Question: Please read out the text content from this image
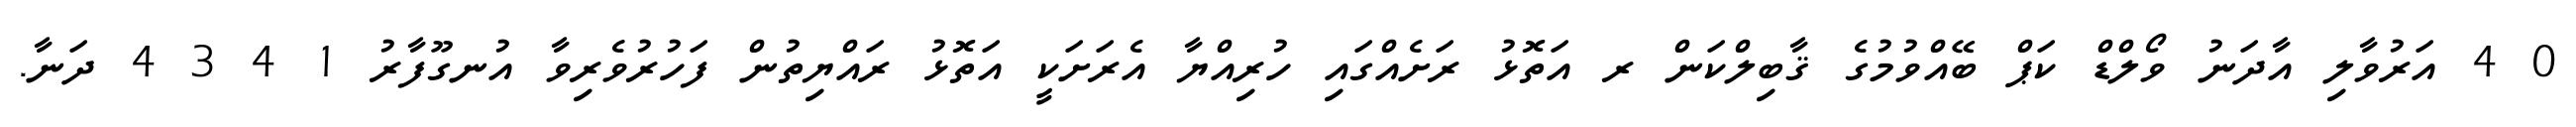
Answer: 0 4 އަރުވާލި އާދަނު ވޯލްޑް ކަޕް ބޭއްވުމުގެ ޤާބިލްކަން ރ އަތޮޅު ރަށެއްގައި ހުރިއްޔާ އެރަށަކީ އަތޮޅު ރައްޔިތުން ފަހުރުވެރިވާ އުނގޫފާރު 1 4 3 4 ދަނާ.